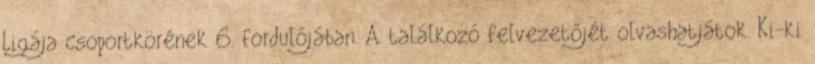
Ligája csoportkörének 6. fordulójában. A találkozó felvezetőjét olvashatjátok. Ki-ki